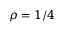
\rho = 1 / 4